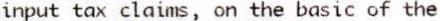
INPUT TAX CLAIMS, ON THE BASIC OF THE